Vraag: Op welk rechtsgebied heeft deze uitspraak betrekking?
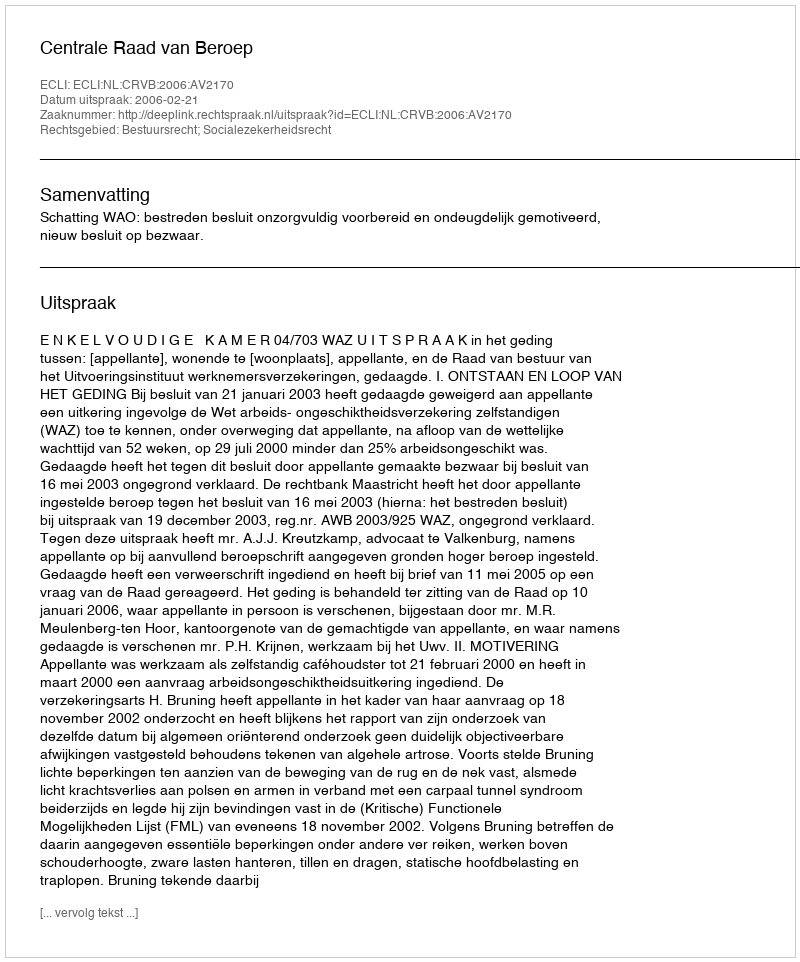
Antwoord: Bestuursrecht; Socialezekerheidsrecht